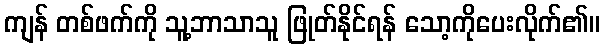
ကျန် တစ်ဖက်ကို သူ့ဘာသာသူ ဖြုတ်နိုင်ရန် သော့ကိုပေးလိုက်၏။